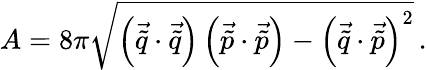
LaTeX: A=8\pi\sqrt{\left(\vec{\tilde{q}}\cdot\vec{\tilde{q}}\right)\left(\vec{\tilde{p}}\cdot\vec{\tilde{p}}\right)-\left(\vec{\tilde{q}}\cdot\vec{\tilde{p}}\right)^{2}}\, .